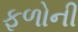
ફળોની